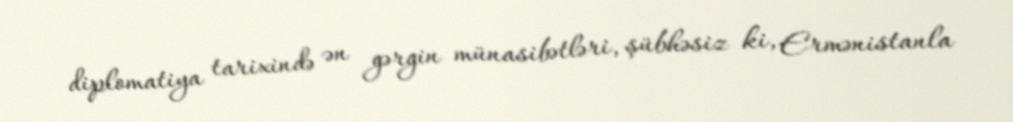
diplomatiya tarixində ən gərgin münasibətləri, şübhəsiz ki, Ermənistanla